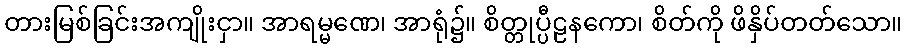
တားမြစ်ခြင်းအကျိုးငှာ။ အာရမ္မဏေ၊ အာရုံ၌။ စိတ္တုပ္ပီဠနကော၊ စိတ်ကို ဖိနှိပ်တတ်သော။